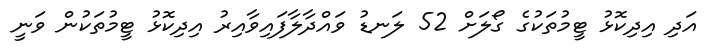
އަދި އިދިކޮޅު ޓީމުތަކުގެ ގޯލަށް 52 ލަނޑު ވައްދާލާފައިވާއިރު އިދިކޮޅު ޓީމުތަކުން ވަނީ